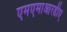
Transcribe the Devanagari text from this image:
एमएमाआरडीए